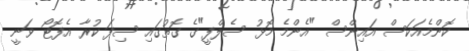
ކޮންމެއަކަސް އައިންސް "އެންމެ މޮޅު ސެލްފީ"ގެ ގޮތުގައި ސިފަ ކުރާ އެފޮޓޯ ވަނީ